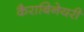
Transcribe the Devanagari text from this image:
कैराबिनेयरी